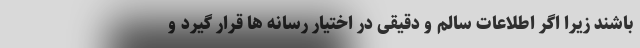
باشند زیرا اگر اطلاعات سالم و دقیقی در اختیار رسانه ها قرار گیرد و